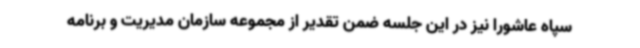
سپاه عاشورا نیز در این جلسه ضمن تقدیر از مجموعه سازمان مدیریت و برنامه